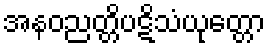
အနဝညတ္တိပဋိသံယုတ္တော